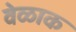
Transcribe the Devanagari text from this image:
वेळाक